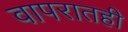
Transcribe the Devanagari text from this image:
वापरातही